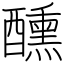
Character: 醺